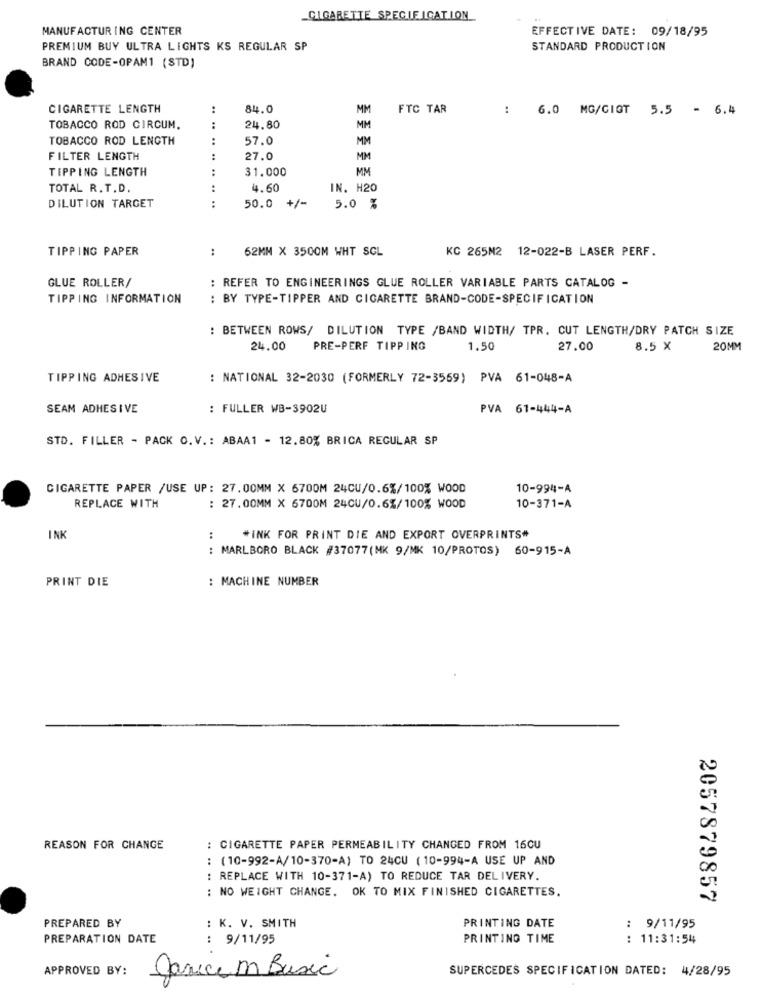
_CIGARETTE SPECIE ICATION
MANUFACTURING CENTER
EFFECTIVE DATE: 09/18/95
PREMIUM BUY ULTRA LIGHTS KS REGULAR SP
STANDARD PRODUCTION
BRAND CODE-OPAM1 (STD)
CIGARETTE LENGTH
:
84.0
MM
FTC TAR
:
6.0
MG/CIOT 5.5 - 6.4
TOBACCO ROD CIRCUM.
:
24.80
MM
TOBACCO ROD LENGTH
:
57.0
MM
FILTER LENGTH
:
27.0
MM
TIPPING LENGTH
:
31.000
MM
TOTAL R. T.D.
:
4.60
IN. H20
:
DILUTION TARGET
50.0 +/-
5.0 %
TIPPING PAPER
:
62MM X 3500M WHT SCL
KG 265M2 12-022-B LASER PERF.
GLUE ROLLER/
: REFER TO ENGINEERINGS GLUE ROLLER VARIABLE PARTS CATALOG -
TIPPING INFORMATION
: BY TYPE-TIPPER AND CIGARETTE BRAND-CODE-SPECIFICATION
: BETWEEN ROWS/ DILUTION TYPE /BAND WIDTH/ TPR. CUT LENGTH/DRY PATCH SIZE
24.00
PRE-PERF TIPP ING
1.50
27.00
8.5 X
20MM
TIPPING ADHESIVE
: NATIONAL 32-2030 (FORMERLY 72-3559) PVA 61-048-A
SEAM ADHESIVE
: FULLER WB-3902U
PVA 61-444-A
STD. FILLER - PACK O.V .: ABAA1 - 12.80% BRICA REGULAR SP
CIGARETTE PAPER /USE UP: 27.00MM X 6700M 24CU/0.6%/100% WOOD
10-994-A
REPLACE WITH
: 27. 00MM X 6700M 24CU/0.6%/100% WOOD
10-371-A
INK
:
*INK FOR PRINT DIE AND EXPORT OVERPRINTS*
: MARLBORO BLACK #37077(MK 9/MK 10/PROTOS) 60-915-A
: MACHINE NUMBER
PRINT DIE
REASON FOR CHANGE
: CIGARETTE PAPER PERMEABILITY CHANGED FROM 16CU
: (10-992-A/10-370-A) TO 24CU (10-994-A USE UP AND
: REPLACE WITH 10-371-A) TO REDUCE TAR DELIVERY.
: NO WEIGHT CHANGE. OK TO MIX FINISHED CIGARETTES.
2057879857
PREPARED BY
: K. V. SMITH
PRINTING DATE
: 9/11/95
PREPARATION DATE
: 9/11/95
PRINTING TIME
: 11:31:54
APPROVED BY:
SUPERCEDES SPECIFICATION DATED: 4/28/95
Janice m Basic